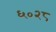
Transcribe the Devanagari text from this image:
६०२८